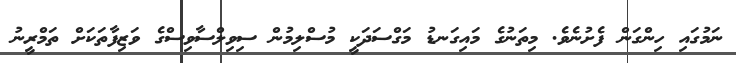
ނަމުގައި ހިންގަން ފެށުނެވެ. މިތަނުގެ މައިގަނޑު މަގްސަދަކީ މުސްލިމުން ސިވިލްސާވިސްގެ ވަޒިފާތަކަށް ތަމްރީނު